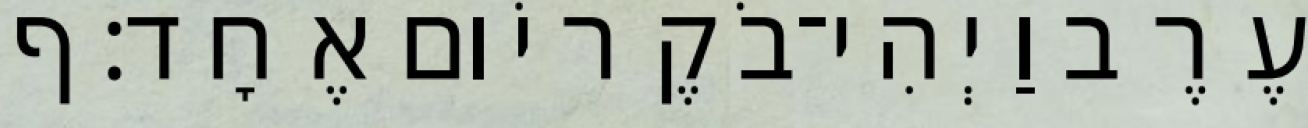
עֶרֶב וַיְהִי־בֹקֶר יֹום אֶחָד׃ ף